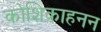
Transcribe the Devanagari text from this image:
कोशिकाहनन